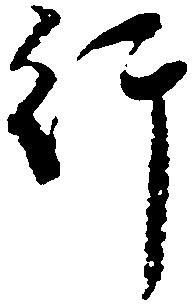
行